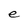
Character: e